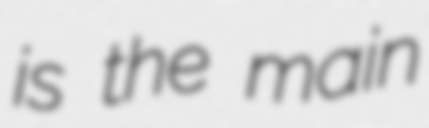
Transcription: is the main